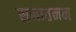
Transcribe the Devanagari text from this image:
सनातनन